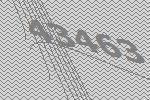
43463